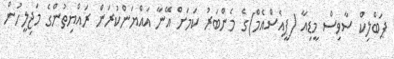
ޕަބްލިކް ސާވިސް މީޑިއާ (ޕީއެސްއެމް)ގެ މެންބަރު ކަމަށް އޭނާ އައްޔަންކުރަން ރައްޔިތުންގެ މަޖިލީހުން